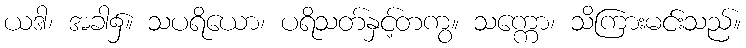
ယဒါ၊ အခါ၌။ သပရိယော၊ ပရိသတ်နှင့်တကွ။ သက္ကော၊ သိကြားမင်းသည်။